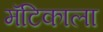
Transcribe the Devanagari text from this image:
मॅटिकाला